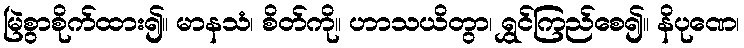
မြဲစွာစိုက်ထား၍။ မာနသံ၊ စိတ်ကို။ ဟာသယိတွာ၊ ရွှင်ကြည်စေ၍။ နိပုဏေ၊